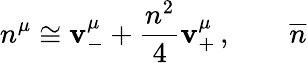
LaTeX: n^{\mu}\cong\mathbf{v}_{-}^{\mu}+\frac{{n^{2}}}{{4}}\mathbf{v}_{+}^{\mu}\, ,\qquad\overline{{{{n}}}}